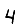
Digit: 4